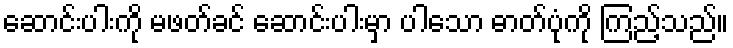
ဆောင်းပါးကို မဖတ်ခင် ဆောင်းပါးမှာ ပါသော ဓာတ်ပုံကို ကြည့်သည်။